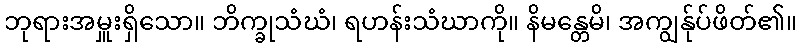
ဘုရားအမှူးရှိသော။ ဘိက္ခုသံဃံ၊ ရဟန်းသံဃာကို။ နိမန္တေမိ၊ အကျွန်ုပ်ဖိတ်၏။